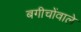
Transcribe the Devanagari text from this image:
बगीचोंवाले